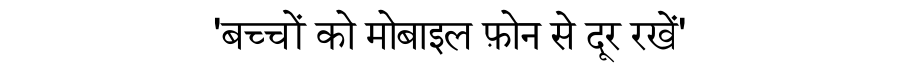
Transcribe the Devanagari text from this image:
'बच्चों को मोबाइल फ़ोन से दूर रखें'